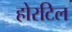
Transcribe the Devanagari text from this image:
होरटिल